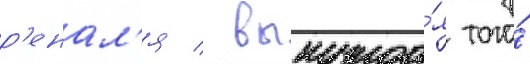
р'енал'я / вынужда́я того́